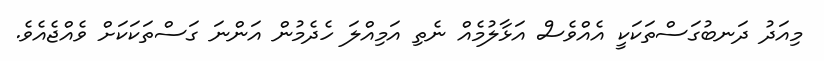
މިއަދު ދަނބުގަސްތަކަކީ އެއްވެސް އަޅާލުމެއް ނެތި އަމިއްލަ ހެދެމުން އަންނަ ގަސްތަކަކަށް ވެއްޖެއެވެ.